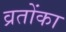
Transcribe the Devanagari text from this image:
व्रतोंका